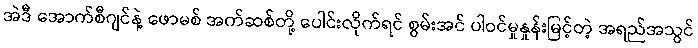
အဲဒီ အောက်စီဂျင်နဲ့ ဖောမစ် အက်ဆစ်တို့ ပေါင်းလိုက်ရင် စွမ်းအင် ပါဝင်မှုနှုန်းမြင့်တဲ့ အရည်အသွင်